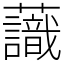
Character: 𧄹